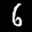
Label: 6